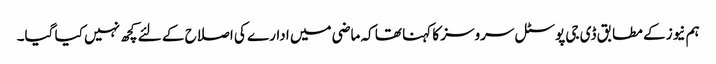
ہم نیوز کے مطابق ڈی جی پوسٹل سروسز کا کہنا تھا کہ ماضی میں ادارے کی اصلاح کے لئے کچھ نہیں کیا گیا۔